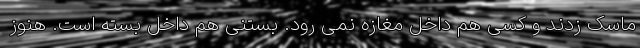
ماسک زدند و کسی هم داخل مغازه نمی رود. بستنی هم داخل بسته است. هنوز